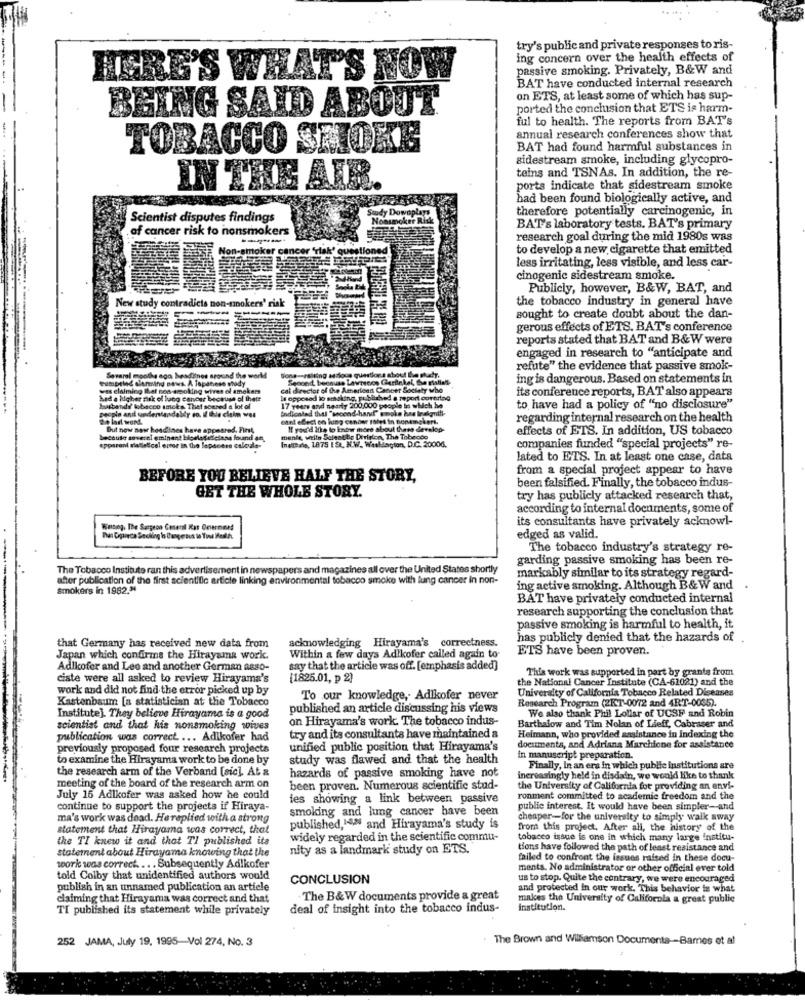
try's public and private responses to ris-
ing concern over the health effects of
passive smoking. Privately, B&W and
HERE'S WHAT'S NOW
BAT have conducted internal research
on ETS, at least some of which has sup-
BEING SAID ABOUT
ported the conclusion that ETS is harm-
ful to health. The reports from BAT's
annual research conferences show that
TOBACCO SKIOKE
BAT had found harmful substances in
sidestream smoke, including glycopro-
teins and TSNAs. In addition, the re-
IN THE AIR
ports indicate that sidestream smoke
had been found biologically active, and
therefore potentially carcinogenic, in
Scientist disputes findings
of cancer risk to nonsmokers
BAT's laboratory tests. BAT's primary
-----
research goal during the mid 1980s was
Non-smoker canc
to develop a new cigarette that emitted
less irritating, less visible, and less car-
cinogenic sidestream smoke.
Publicly, however, B&W, BAT, and
New study contradicts non-minokers' risk
RE
the tobacco industry in general have
sought to create doubt about the dan-
gerous effects of ETS. BAT's conference
reports stated that BAT and B& W were
engaged in research to "anticipate and
Sons-salting ssdious questions about the phucy.
refute" the evidence that passive smok-
Pumpsind slamming news. A Japanese shady
Several months ago headitnos around the world
Stocerd, beonuss Lavascos Garfinkel, Se mialles
ing is dangerous. Based on statements in
was claiming that non smoking wives ol amokers
cal director of the American Cancer Society who
its conference reports, BAT also appears
had a higher nak of lung cancer because of thett
le opposed to smoking, published a report corturlag
husbandif tobacco smoka Thief scared a lot of
copio and understandably co. Il Ile claim wet
Indicalad thal "second-hand" smoke has Inakanti-
17 years and nearly 200,000 people in which he
to have had a policy of "no disclosure"
de last word.
cant efect on lung cancer tales in Bonemckert.
regarding internal research on the health
But now new headlines have appeared. First,
Il you'd like to know more about thets develop
effects of ETS. In addition, US tobacco
because soverel eminent bilgelasellclans found an,
InelBal, 1875 I S. N.W. Washington, D.C. 20006.
mente, welln Selestibc Division, The Tobeado
apparent siallescel emner in the Japanese calcula-
companies funded "special projects" re-
lated to ETS. In at least one case, data
from a special project appear to have
BEFORE YOU BELIEVE HALF THE STORY,
GET THE WHOLE STORY.
been falsified. Finally, the tobacco indus-
try has publicly attacked research that,
according to internal documents, some of
its consultants have privately acknowl-
Waneg. The Surgeon Coseril Kat Orerneed
edged as valid.
The tobacco industry's strategy re-
garding passive smoking has been re-
The Tobacco Institute ran this advertisement in newspapers and magazines all over the United States shortly
after publication of the first scientific article linking environmental tobacco smoke with lung cancer in non-
markably similar to its strategy regard-
Smokers in 1982."
ing active smoking. Although B& W and
BAT have privately conducted internal
research supporting the conclusion that
passive smoking is harmful to health, it
acknowledging Hirayama's correctness.
has publicly denied that the hazards of
that Germany has received new data from
ETS have been proven.
Japan which confirms the Hirayama work.
Within a few days Adikofer called again to-
Adlkofer and Lee and another German a880-
say that the article was off. [emphasis added]
This work was supported in part by grants from
ciste were all asked to review Hirayama's
[1825.01, p 2)
the National Cancer Institute (CA-61021) and the
work and did not find the error picked up by
University of California Tobacco Related Diseases
Kastenbaum [a statistician at the Tobacco
To our knowledge, Adlkofer never
Research Program (2KT-0072 and 4RT-0005).
published an article discussing his views
We also thank Phil Lollar of UCSF and Robin
Institute). They believe Hirayama is a good
on Hirayama's work. The tobacco indus-
scientist and that his nonsmoking wives
Barthalow and Tim Nolan of Lieff, Cabraser and
publication was correct .... Adikofer had
try and its consultants have maintained a
Heimann, who provided assistance in Indexing the
documenta, and Adriana Marchione for assistance
previously proposed four research projects
unified public position that Hirayama's
to examine the Hirayama work to be done by
study was flawed and that the health
in manuscript preparation.
the research arm of the Verband [sic], At &
hazards of passive smoking have not
Finally, In an era in which public institutions are
increasingly held in disdain, we would like to thank
meeting of the board of the research arm on
been proven. Numerous scientific stad-
the University of California for providing an envi-
July 16 Adlkofer was asked how he could
ies showing a link between passive
ronment committed to academic freedom and the
continue to support the projects if Hiraya-
smoking and lung cancer have been
public interest. It would have been simpler-and
ma's work was dead. Hereplied with a strong
cheaper -- for the univeralty to simply walk away
statement that Hirayama was correct, that
published,142 and Hirayama's study is
from this project. After all, the history of the
the TI knew it and that TI published its
widely regarded in the scientific commu-
tobacco issue is one in which many large institu-
statement about Hirayama knowing that the
nity as a landmark study on ETS.
tions have followed the path of least resistance and
failed to confront the issues raised in these docu-
work was correct ... . Subsequently Adikofer
ments. No administrator or other official ever told
told Colby that unidentified authors would
CONCLUSION
us to stop. Quite the contrary, we were encouraged
publish in an unnamed publication an article
and protected in our work. This behavior is what
claiming that Hirayama was correct and that
The B&W documents provide a great
makes the University of California a great public
TI published its statement while privately
deal of insight into the tobacco indus-
institution.
252 JAMA, July 19, 1995-Vol 274, No. 3
The Brown and Williamson Documents -- Bares et al